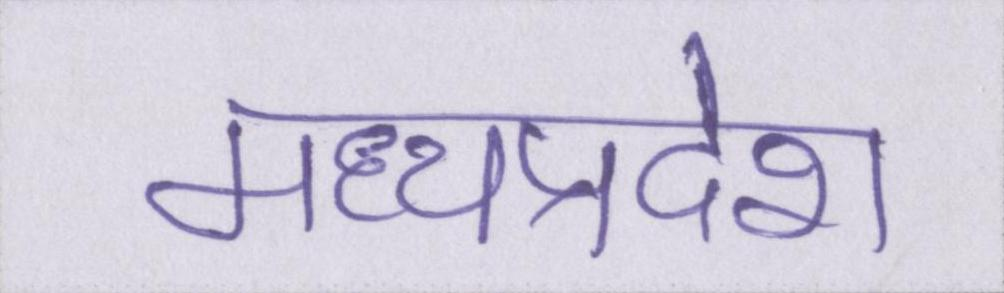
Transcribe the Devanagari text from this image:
मध्यप्रदेश